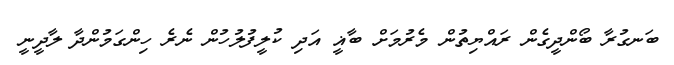
ބަނގުރާ ބޯންދީގެން ރައްޔިތުން މެރުމަށް ބާޣީ އަދި ކުލީފުލުހުން ނެރެ ހިންގަމުންދާ ލާދީނީ